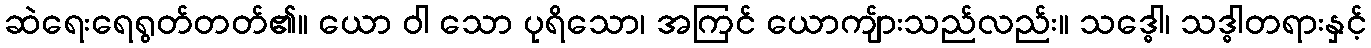
ဆဲရေးရေရွတ်တတ်၏။ ယော ဝါ သော ပုရိသော၊ အကြင် ယောကျ်ားသည်လည်း။ သဒ္ဓေါ၊ သဒ္ဓါတရားနှင့်